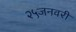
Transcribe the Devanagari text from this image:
२५जनवरी